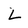
Character: L